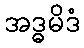
အဒ္ဓမိဒံ